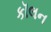
કૉલન